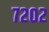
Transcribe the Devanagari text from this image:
७२०२